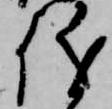
儀